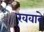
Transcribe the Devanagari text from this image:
खवावे